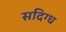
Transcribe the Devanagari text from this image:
सदिग्ध